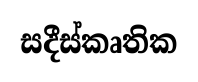
සදීස්කෘතික